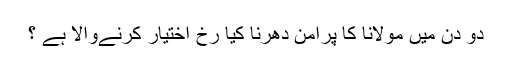
دو دن میں مولانا کا پرامن دھرنا کیا رخ اختیار کرنےوالا ہے ؟